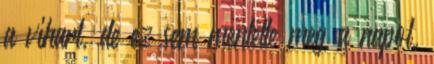
a vihart, de ez sem mentette meg a napot.